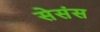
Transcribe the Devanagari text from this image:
सेसंस